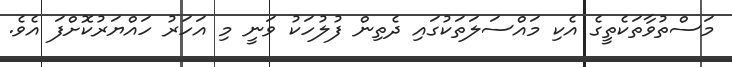
މަސްތުވާތަކެތީގެ އެކި މައްސަލަތަކުގައި ދެތިން ފުލުހަކު ވަނީ މި އަހަރު ހައްޔަރުކޮށްފަ އެވެ.